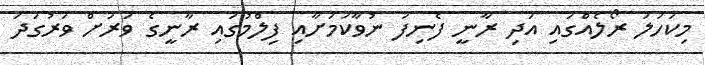
މިކަހަލަ ރޯލެއްގައި އަދި ރާނީ ފެނިފަ ނުވާކަމަށާއި ފިލްމުގައި ރާނީގެ ވަރަށް ވަރުގަދަ